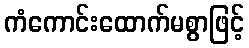
ကံကောင်းထောက်မစွာဖြင့်